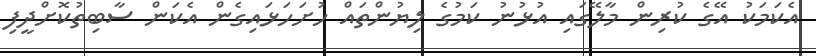
އެކަމަކު އޭގެ ކުރިން މާލޭގައި އުޅުނު ކަމުގެ ލިޔުންތައް ހުށަހަޅައިގެން އެކަން ސާބިތުކޮށްދީފި